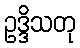
ဥဒ္ဒိသတု